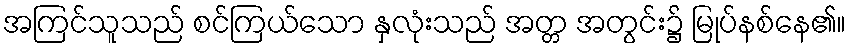
အကြင်သူသည် စင်ကြယ်သော နှလုံးသည် အတ္တ အတွင်း၌ မြုပ်နစ်နေ၏။